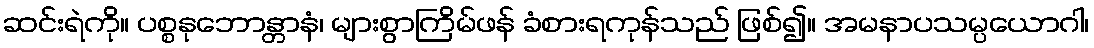
ဆင်းရဲကို။ ပစ္စနုဘောန္တာနံ၊ များစွာကြိမ်ဖန် ခံစားရကုန်သည် ဖြစ်၍။ အမနာပသမ္ပယောဂါ၊